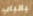
بالباب